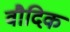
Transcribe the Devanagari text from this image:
वौदिक